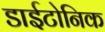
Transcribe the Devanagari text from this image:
डाईटोनिक